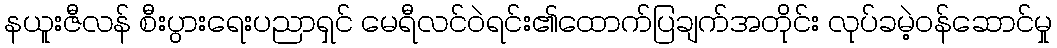
နယူးဇီလန် စီးပွားရေးပညာရှင် မေရီလင်ဝဲရင်း၏ထောက်ပြချက်အတိုင်း လုပ်ခမဲ့ဝန်ဆောင်မှု